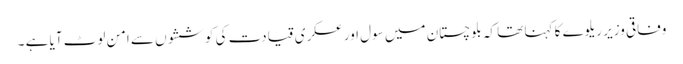
وفاقی وزیر ریلوے کا کہنا تھا کہ بلوچستان میں سول اور عسکری قیادت کی کوششوں سے امن لوٹ آیا ہے ۔